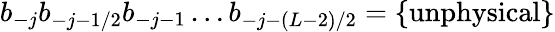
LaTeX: b_{-j}b_{-j-1/2}b_{-j-1}\ldots b_{-j-(L-2)/2}=\{ \mathrm{unphysical}\}